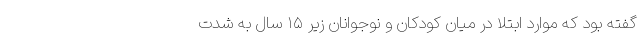
گفته بود که موارد ابتلا در میان کودکان و نوجوانان زیر ۱۵ سال به شدت